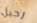
رحيل